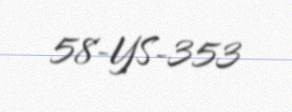
58-YS-353